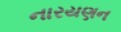
નારયણન